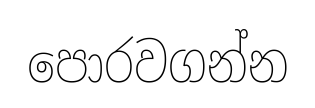
පොරවගන්න